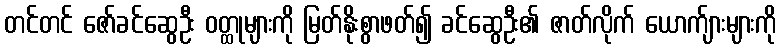
တင်တင် ဇော်ခင်ဆွေဦး ဝတ္ထုများကို မြတ်နိုးစွာဖတ်၍ ခင်ဆွေဦး၏ ဇာတ်လိုက် ယောက်ျားများကို